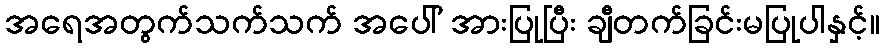
အရေအတွက်သက်သက် အပေါ် အားပြုပြီး ချီတက်ခြင်းမပြုပါနှင့်။